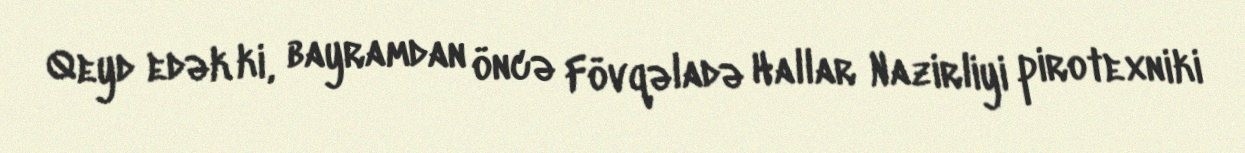
Qeyd edək ki, bayramdan öncə Fövqəladə Hallar Nazirliyi pirotexniki